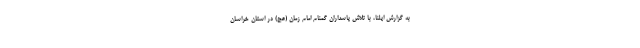
به گزارش ایلنا، با تلاش پاسداران گمنام امام زمان (عج) در استان خراسان